Black-water fever - Number 35
Disease focus: Fever
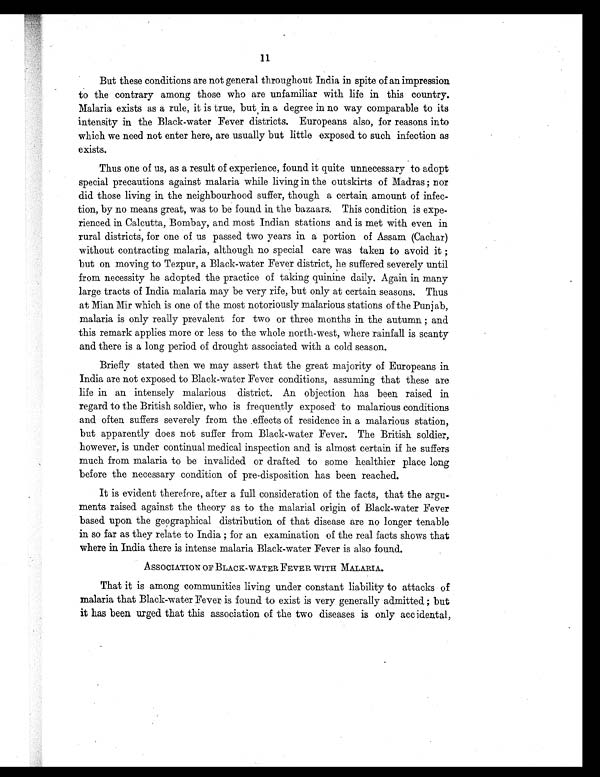
11
But these conditions are not general throughout India in spite of an impression
to the contrary among those who are unfamiliar with life in this country.
Malaria exists as a rule, it is true, but. in a degree in no way comparable to its
intensity in the Black-water Fever districts. Europeans also, for reasons into
which we need not enter here, are usually but little exposed to such infection as
exists.
Thus one of us, as a result of experience, found it quite unnecessary to adopt
special precautions against malaria while living in the outskirts of Madras ; nor
did those living in the neighbourhood suffer, though a certain amount of infec
-tion, by no means great, was to be found in the bazaars. This condition is expe
- r i e n c e d i n C a l c u t t a , B o m b a y , a n d m o s t I n d i a n s t a t i o n s a n d i s m e t w i t h e v e n i n
rural districts, for one of us passed two years in a portion of Assam (Cachar)
without contracting malaria, although no special care was taken to avoid it ;
but on moving to Tezpur, a Black-water Fever district, he suffered severely until
from necessity he adopted the practice of taking quinine daily. Again in many
large tracts of India malaria may be very rife, but only at certain seasons. Thus
at Mian Mir which is one of the most notoriously malarious stations of the Punjab,
malaria is only really prevalent for two or three months in the autumn ; and
this remark applies more or less to the whole north-west, where rainfall is scanty
and there is a long period of drought associated with a cold season.
Briefly stated then we may assert that the great majority of Europeans in.
India are not exposed to Black-water Fever conditions, assuming that these are
life in an intensely malarious district. An objection has been raised in
regard to the British soldier, who is frequently exposed to malarious conditions
and often suffers severely from the effects of residence in a malarious station,
but apparently does not suffer from Black-water Fever. The British soldier,
however, is under continual medical inspection and is almost certain if he suffers
much from malaria to be invalided or drafted to some healthier place long
before the necessary condition of pre-disposition has been reached.
It is evident therefore, after a full consideration of the facts, that the argu
- m e n t s r a i s e d a g a i n s t t h e t h e o r y a s t o t h e m a l a r i a l o r i g i n o f B l a c k - w a t e r F e v e r
based upon the geographical distribution of that disease are no longer tenable
in so far as they relate to India ; for an examination of the real facts shows that
where in India there is intense malaria Black-water Fever is also found.
ASSOCIATION OF BLACK-WATER FEVER WITH MALARIA.
That it is among communities living under constant liability to attacks of
malaria that Black-water Fever is found to exist is very generally admitted ; but
it has been urged that this association of the two diseases is only accidental,